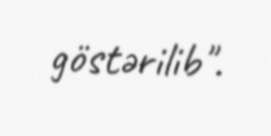
göstərilib".